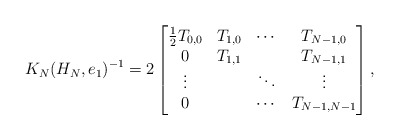
\begin{align*} K_N(H_N,e_1)^{-1}= 2\begin{bmatrix} \frac12 T_{0,0}& T_{1,0} & \cdots & T_{N-1,0} \\ 0 & T_{1,1} & &T_{N-1,1} \\ \vdots & & \ddots & \vdots \\ 0 & & \cdots & T_{N-1,N-1} \end{bmatrix},\end{align*}